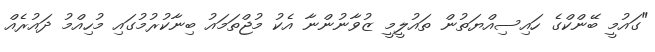
"ގައުމީ ބޭންކްގެ ހައިސިއްޔަތުން ތައުލީމީ ޒުވާނުންނާ އެކު މުޖްތަމައު ބިނާކުރުމުގައި މުހިއްމު ދައުރެއް